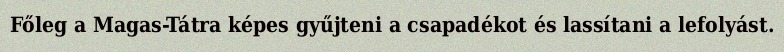
Főleg a Magas-Tátra képes gyűjteni a csapadékot és lassítani a lefolyást.